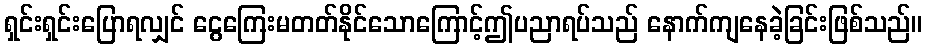
ရှင်းရှင်းပြောရလျှင် ငွေကြေးမတတ်နိုင်သောကြောင့်ဤပညာရပ်သည် နောက်ကျနေခဲ့ခြင်းဖြစ်သည်။